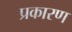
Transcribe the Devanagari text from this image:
प्रकारण